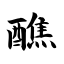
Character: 醮